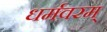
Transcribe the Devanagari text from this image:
धर्मवरम्